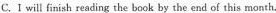
C.I will finish reading the book by the end of this month.